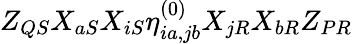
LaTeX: Z_{QS}X_{aS}X_{iS}\eta_{ia,jb}^{(0)}X_{jR}X_{bR}Z_{PR}